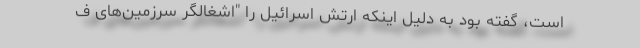
است، گفته بود به دلیل اینکه ارتش اسرائیل را "اشغالگر سرزمین‌های ف